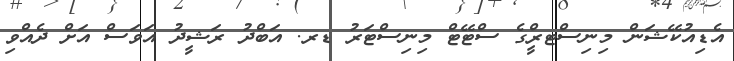
އެޑިއުކޭޝަން މިނިސްޓރްީގެ ސްޓޭޓް މިނިސްޓަރު ޑރ. އަބްދު ރަޝީދު އަވަސް އަށް ދެއްވި